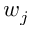
w _ { j }